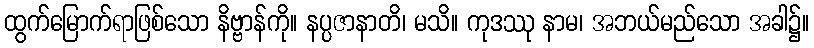
ထွက်မြောက်ရာဖြစ်သော နိဗ္ဗာန်ကို။ နပ္ပဇာနာတိ၊ မသိ။ ကုဒဿု နာမ၊ အဘယ်မည်သော အခါ၌။